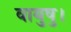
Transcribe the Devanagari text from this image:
वायुषु।